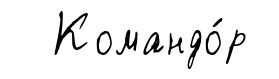
Командо́р